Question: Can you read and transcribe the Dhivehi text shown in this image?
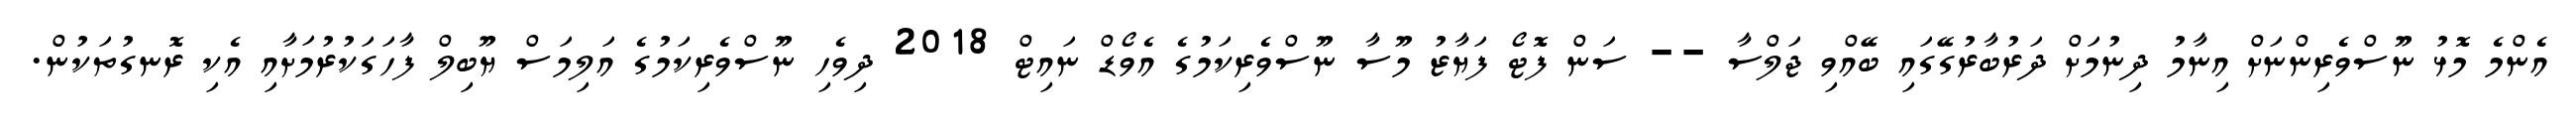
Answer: އެންމެ މޮޅު ނޫސްވެރިންނަށް އިނާމު ދިނުމަށް ދަރުބާރުގޭގައި ބޭއްވި ޖަލްސާ -- ސަން ފޮޓޯ ފަޔާޒު މޫސާ ނޫސްވެރިކަމުގެ އެވޯޑް ނައިޓް 2018 ދިވެހި ނޫސްވެރިކަމުގެ އަލިމަސް ޔޫބިލް ފާހަގަކުރުމަށާއި އެކި ރޮނގުތަކުން.